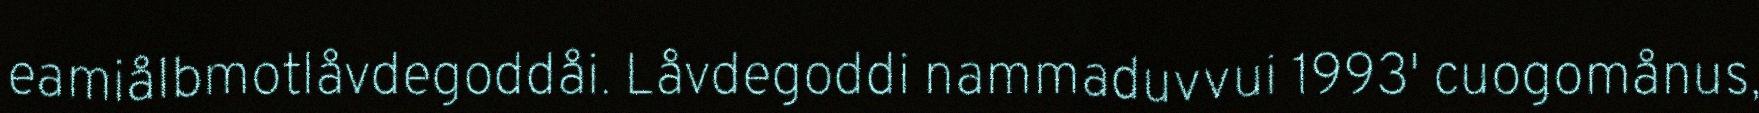
eamiålbmotlåvdegoddåi. Låvdegoddi nammaduvvui 1993' cuogomånus,